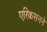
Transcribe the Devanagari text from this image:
एरिकसनने